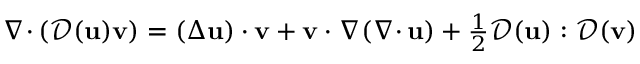
{ { \nabla \cdot } \, } ( { \mathcal { D } } ( { \mathbf u } ) { \mathbf v } ) = ( \Delta { \mathbf u } ) \cdot { \mathbf v } + { \mathbf v } \cdot \nabla ( { { \nabla \cdot } \, } { \mathbf u } ) + { \textstyle { \frac { 1 } { 2 } } } { \mathcal { D } } ( { \mathbf u } ) : { \mathcal { D } } ( { \mathbf v } )